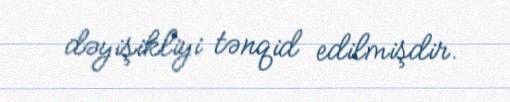
dəyişikliyi tənqid edilmişdir.